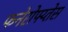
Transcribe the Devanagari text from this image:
फनेरोफ्य्तेस